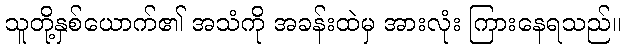
သူတို့နှစ်ယောက်၏ အသံကို အခန်းထဲမှ အားလုံး ကြားနေရသည်။